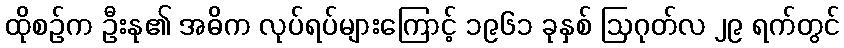
ထိုစဉ်က ဦးနု၏ အဓိက လုပ်ရပ်များကြောင့် ၁၉၆၁ ခုနှစ် ဩဂုတ်လ ၂၉ ရက်တွင်